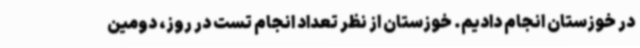
در خوزستان انجام دادیم. خوزستان از نظر تعداد انجام تست در روز، دومین